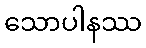
သောပါနဿ